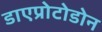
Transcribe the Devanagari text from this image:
डाएप्रोटोडोन